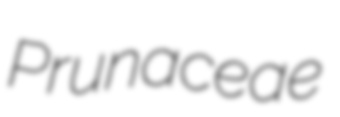
Prunaceae